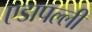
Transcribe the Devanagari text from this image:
एडापल्ली